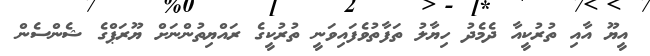
އީޔޫ އާއި ތުރުކީއާ ދެމެދު ހިޔާލު ތަފާތުވެފައިވަނީ ތުރުކީގެ ރައްޔިތުންނަށް ޔޫރަޕްގެ ޝެންސެން